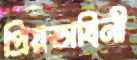
প্রিয়ভাষিনী